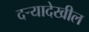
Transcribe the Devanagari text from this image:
दर्‍यादेखील